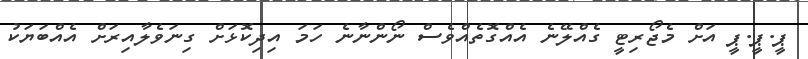
ޕީ.ޕީ.ޕީ އަށް މެޖޯރިޓީ ގެއްލޭނެ އެއްގޮތެއްވެސް ނޯންނާނެ ހަމަ އިދިކޮޅަށް ގިނަވެލާއިރަށް އެއްބަޔަކު